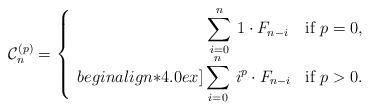
\begin{align*} \mathcal{C}_n^{(p)} = \left\{ \begin{array}{rl} \displaystyle\sum_{i=0}^{n} \, 1 \cdot F_{n-i} \, & \mbox{if $p=0$},\\begin{align*}4.0ex]\displaystyle\sum_{i=0}^{n} \, i^p \cdot F_{n-i} & \mbox{if $p>0$}.\end{array} \right. \end{align*}